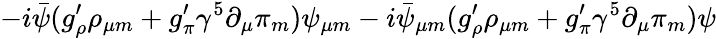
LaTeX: -i\bar{\psi}(g_{\rho}^{\prime}\rho_{\mu m}+g_{\pi}^{\prime}{\gamma^{5}}\partial_{\mu}\pi_{m})\psi_{\mu m}-i\bar{\psi}_{\mu m}(g_{\rho}^{\prime}\rho_{\mu m}+g_{\pi}^{\prime}{\gamma^{5}}\partial_{\mu}\pi_{m})\psi